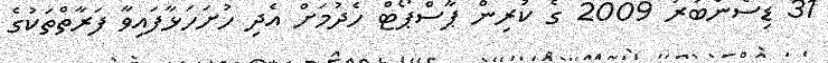
31 ޑިސެންބަރު 2009 ގެ ކުރިން ޕާސްޕޯޓް ހެދުމަށް އެދި ހުށަހަޅާފައިވާ ފަރާތްތަކުގެ